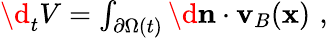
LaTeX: \begin{array}{r}{\d_{t}V=\int_{\partial\Omega(t)}\d\mathbf{n}\cdot\mathbf{v}_{B}(\mathbf{x})\, \, ,}\end{array}